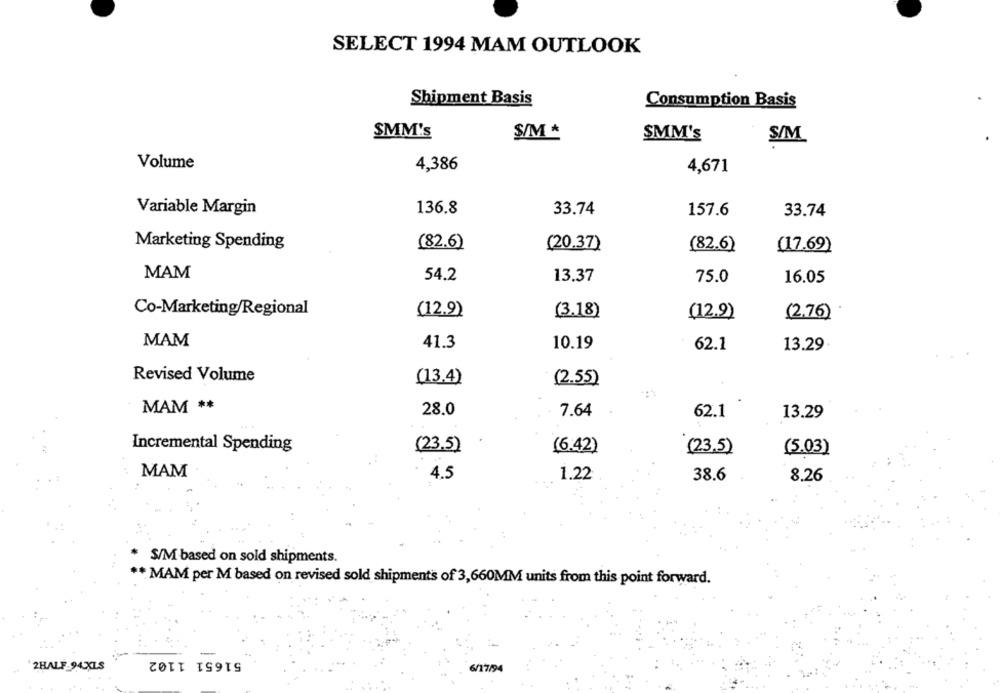
SELECT 1994 MAM OUTLOOK
Shipment Basis
Consumption Basis
SMM's
S/M *
SMM's
S/M
Volume
4,386
4,671
Variable Margin
136.8
33.74
157.6
33.74
Marketing Spending
(82.6)
(20.37)
(82.6)
(17.69)
MAM
54.2
13.37
75.0
16.05
Co-Marketing/Regional
(3.18)
(12.9)
(12.9)
(2.76)
MAM
41.3
10.19
62.1
13.29
Revised Volume
(13.4)
(2.55)
MAM **
28.0
7.64
62.1
13.29
Incremental Spending
(23.5)
(6.42)
(23.5)
(5.03)
MAM
4.5
1.22
38.6
8.26
S/M based on sold shipments.
* MAM per M based on revised sold shipments of 3,660MM units from this point forward.
51651 1102
2HALF-94.XLS
6/17/94